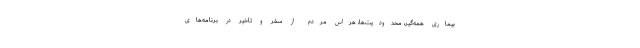
بیماری همه‌گیر، محدودیت‌ها، هراس مردم از سفر و تاخیر در برنامه‌های